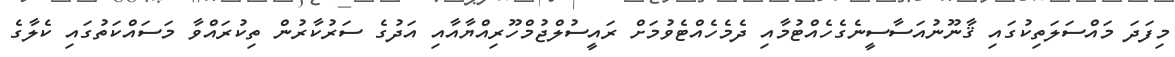
މިފަދަ މައްސަލަތިކުގައި ޤާނޫނުއަސާސީނެގެހެއްޓުމާއި ދެމެހެއްޓެވުމަށް ރައީސުލްޖުމްހޫރިއްޔާއާއި އަދުގެ ސަރުކާރުން ތިކުރައްވާ މަސައްކަތުގައި ކެލާގެ